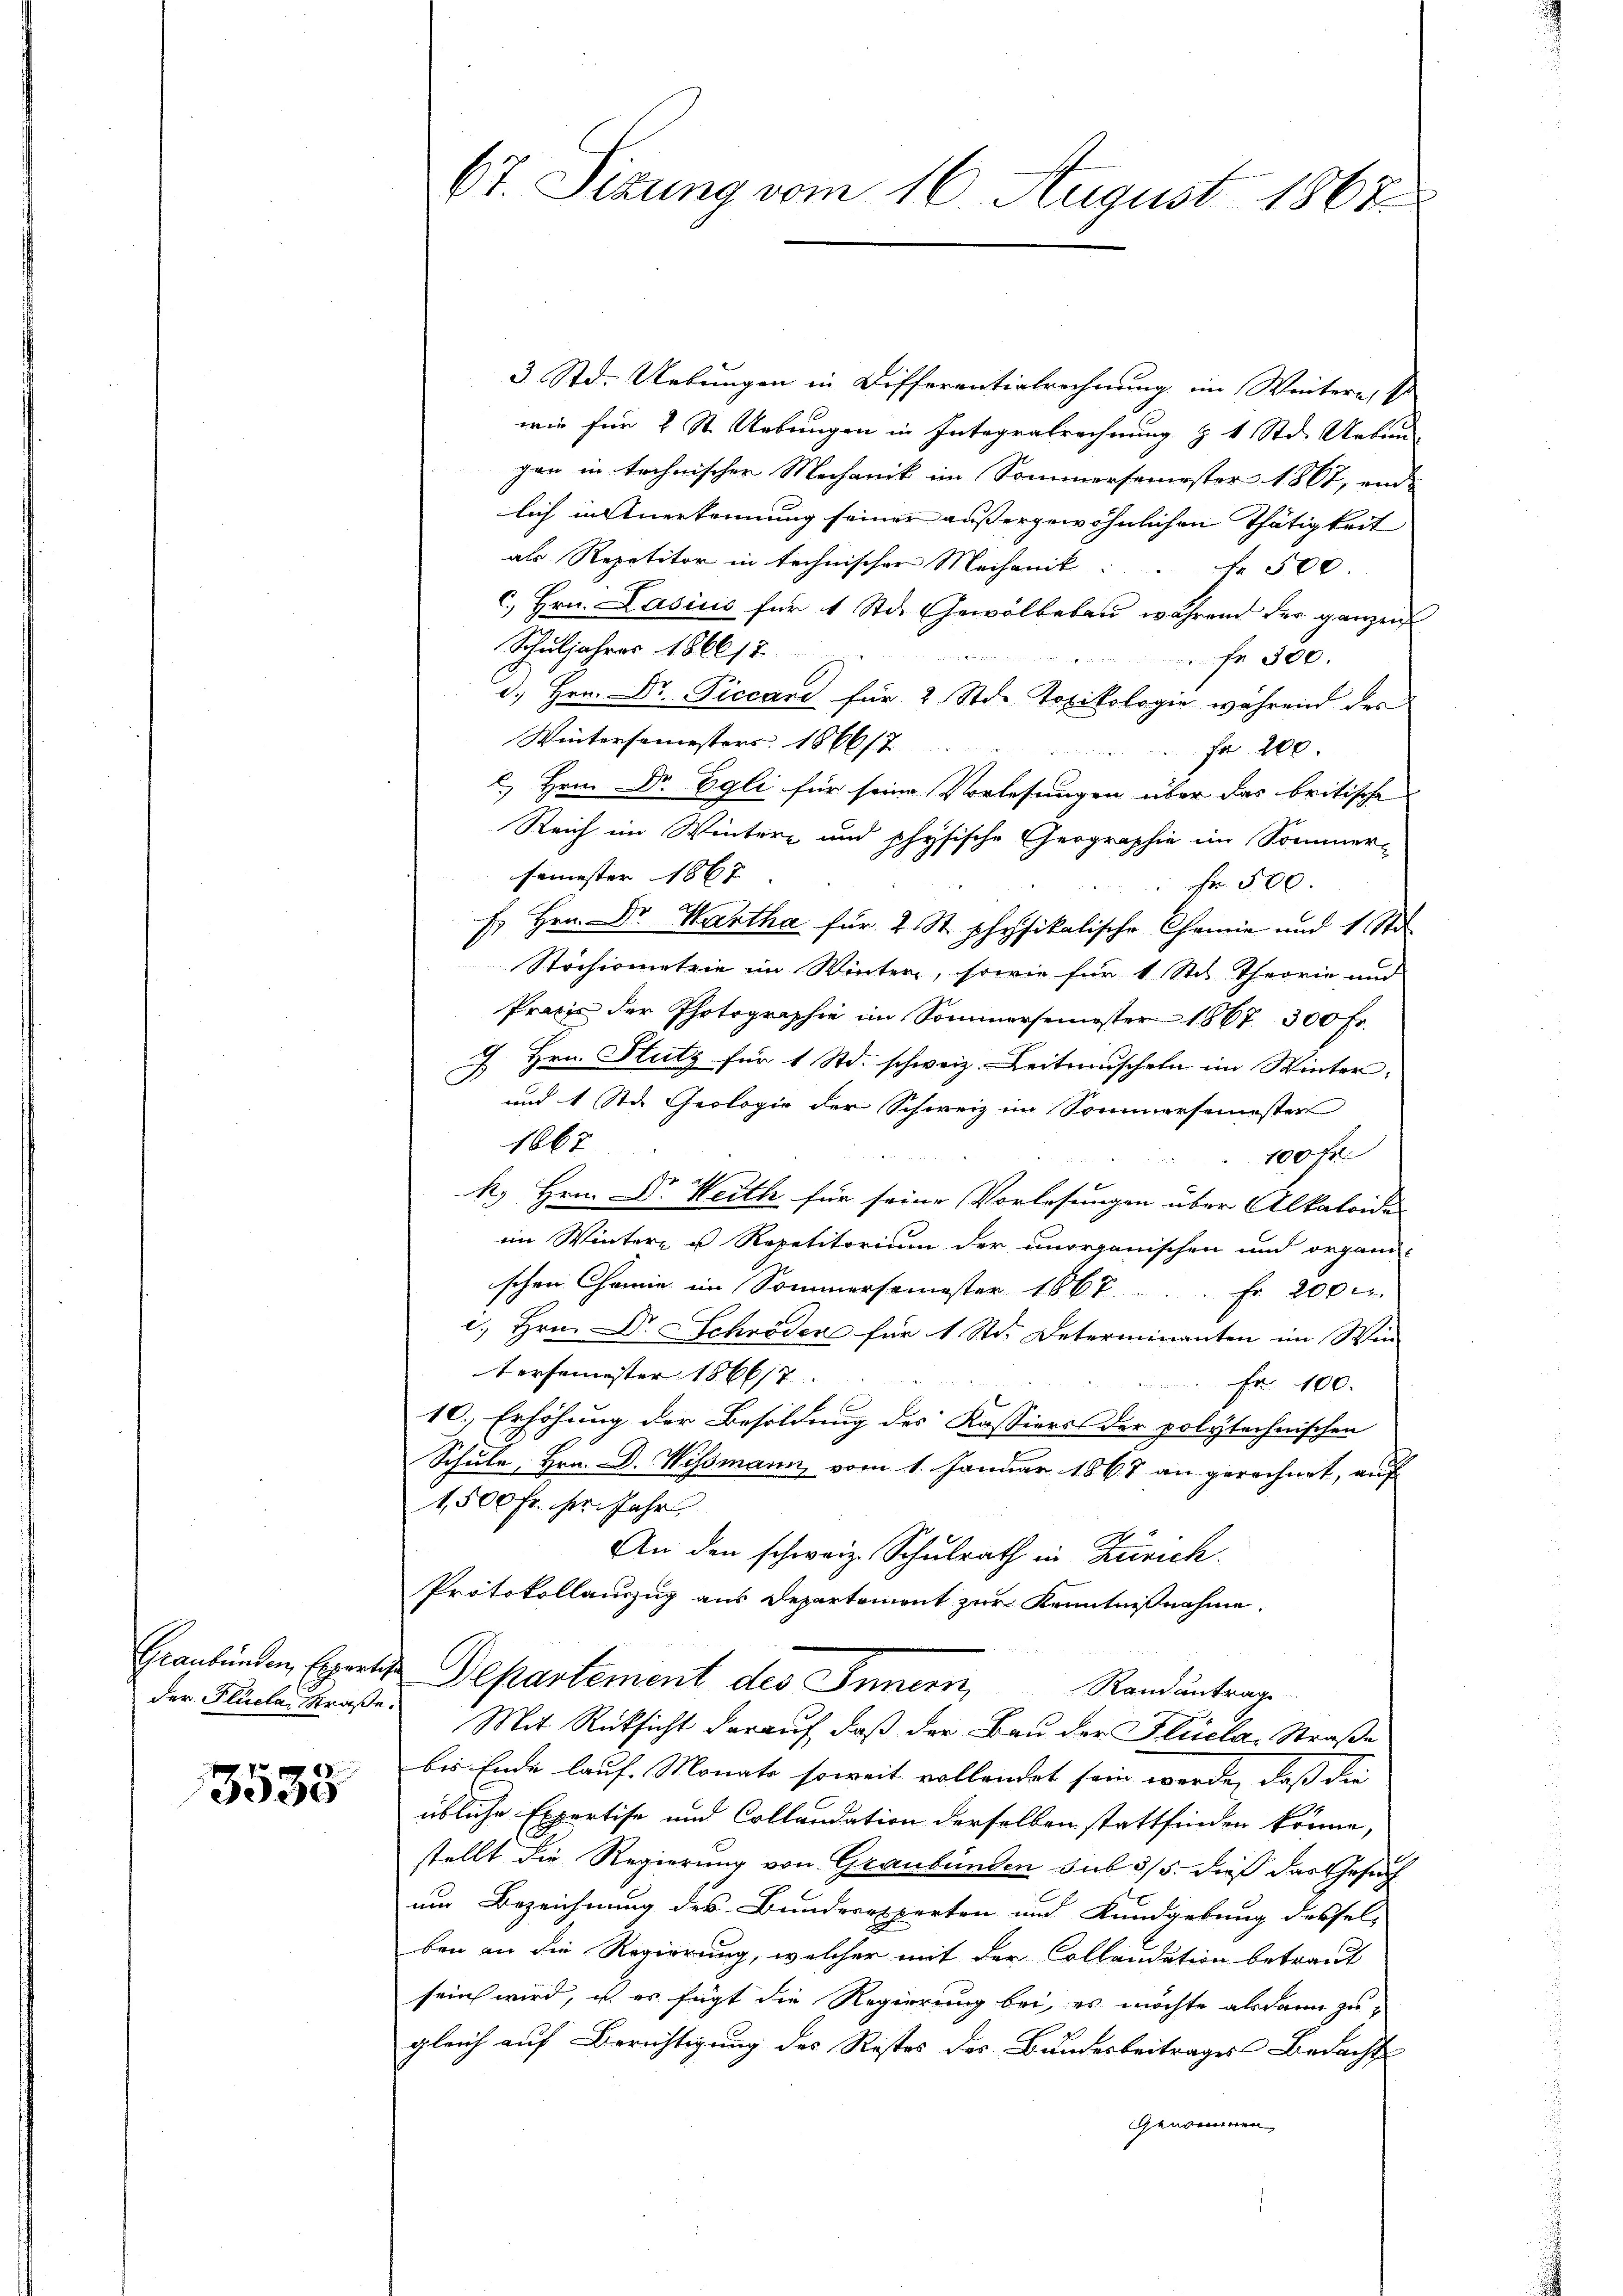
Graubünden, Experte

3533

67. Sizung vom 16. August 1867.

3 Std. Uebungen in Differentialrechnung im Weitern, so
wie für 2 St. Uebungen in Integralrechnung Z 1 Std. Uebun
gen in technischer Mechanik im Sommersemester 1867, und
lich in Anerkennung seiner außergewöhnlichen Thätigkeit
als Repetitor in technischer Mechanik fr 500
c. Hrn. Lasius für 1 Std. Gewölbebau während der ganzen
Schuljahres 186612
                               300.
d. Hrn. Dr. Piccans für 2 Stde Topikologie während des
Wintersemesters 1866/7 " " " fr 200.
. Hrn. Dr. Egli für seine Vorlesungen über das britische
Reich im Wintere und physische Geographie im Sommer-
semester 1867
Fr. 500.
F. Hrn. Dr. Hartha für 2 St. physikalische Chemie und 1 Sto
Strchrometrie im Winter, sowie für 1 Stil Theorie und
Praxis der Photographie im Sommersemester 1867. 300 Fr.
7 Hrn. Stutz für 1 Std. schweiz. Leitmischeln im Winter-
und 1 St. Geologie der Schweiz im Sommersemester
1667
100 Fr.
k. Hrn. Dr. Weith für seine Vorlesungen über Alkaloida
im Wintere u Repetitorium der unorganischen und organi-
schen Chemie im Sommersemester 1867. Fr. 200 l.
c. Hrn. Dr Schröder für 1 Std. Determinanten im Win
tersemester 186617
Fr. 100.
10.) Erhöhung der Besoldung des Kassiers der polytechnischen
Schule, Hrn. D. Wissmann, vom 1. Januar 1867 an gerechnet, auf
1,500 fr. pr. Jahr
An den schweiz. Schulrath in Zürich.
Protokollauszug aus Departement zur Kenntnißnahme.
Departement des Innern,
Ramantrag
der Flüeler Straße. Mit Rücksicht darauf, daß der Bau der Flüela, Straße
bis Ende lauf. Monate soweit vollendet sein werde, daß die
übliche Expertise und Collandation derselben stattfinden könne,
stellt die Regierung von Graubünden sub 3/5. dieß das Gesuch
um Bezeichnung des Bunderexperten und Kundgebung dessel-
ben an die Regierung, welcher mit der Collandation betraut
sein wird, ist es fügt die Regierung bei, es möchte alsdann zugleich auf Berichtigung des Restos des Bundesbeitrages Bedacht
Genommen,